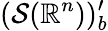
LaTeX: ({\mathcal{S}}(\mathbb{R}^{n}))_{b}^{\prime}